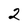
Character: 2